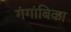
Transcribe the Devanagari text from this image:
गंगांबिका